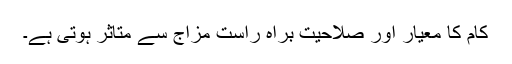
کام کا معیار اور صلاحیت براہِ راست مزاج سے متاثر ہوتی ہے۔